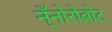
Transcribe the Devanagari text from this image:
न्ँनोरोबोट